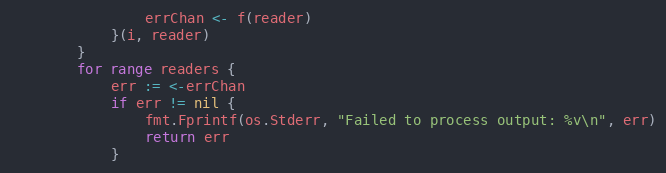
Language: Go
				errChan <- f(reader)
			}(i, reader)
		}
		for range readers {
			err := <-errChan
			if err != nil {
				fmt.Fprintf(os.Stderr, "Failed to process output: %v\n", err)
				return err
			}